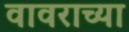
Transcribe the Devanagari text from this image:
वावराच्या